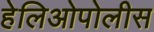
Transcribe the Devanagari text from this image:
हेलिओपोलीस